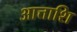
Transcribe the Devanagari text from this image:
आत्ताशि